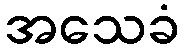
အသေခံ